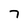
Character: 7